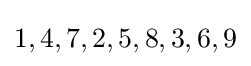
1,4,7,2,5,8,3,6,9